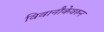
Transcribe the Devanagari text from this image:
विवानौकेवरुन